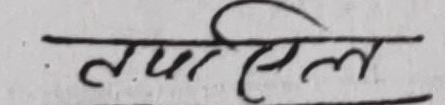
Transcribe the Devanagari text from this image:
तपसिल